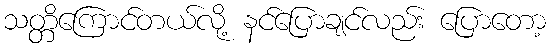
သတ္တိကြောင်တယ်လို့ နင်ပြောချင်လည်း ပြောတော့